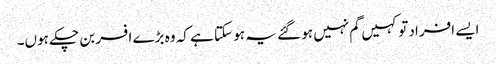
ایسے افراد تو کہیں گم نہیں ہو گئے یہ ہو سکتا ہے کہ وہ بڑے افسر بن چکے ہوں۔